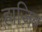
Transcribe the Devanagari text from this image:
हाज़िब